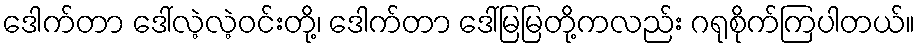
ဒေါက်တာ ဒေါ်လဲ့လဲ့ဝင်းတို့၊ ဒေါက်တာ ဒေါ်မြမြတို့ကလည်း ဂရုစိုက်ကြပါတယ်။